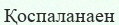
Қоспаланаен